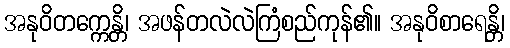
အနုဝိတက္ကေန္တိ၊ အဖန်တလဲလဲကြံစည်ကုန်၏။ အနုဝိစာရေန္တိ၊